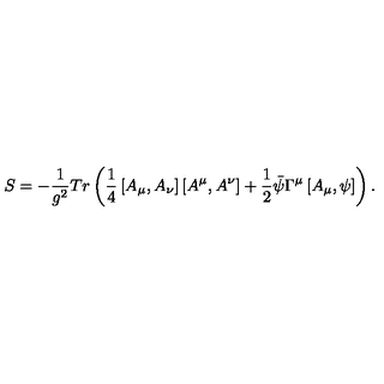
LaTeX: S = - \frac { 1 } { g ^ { 2 } } T r \left( \frac { 1 } { 4 } \left[ A _ { \mu } , A _ { \nu } \right] \left[ A ^ { \mu } , A ^ { \nu } \right] + \frac { 1 } { 2 } \bar { \psi } \Gamma ^ { \mu } \left[ A _ { \mu } , \psi \right] \right) .